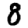
Digit: 8